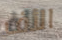
الأف